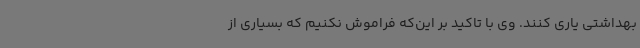
بهداشتی یاری کنند. وی با تاکید بر این‌که فراموش نکنیم که بسیاری از